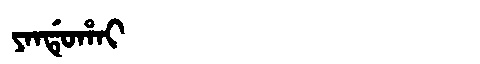
Manchu: ᠶᠠᠨᡩᡠᡥᠠᡳ
Romanization: YANDUHAI